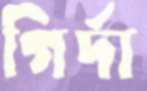
গির্দা